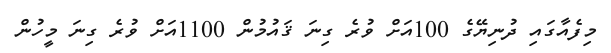
މިފެއާގައި ދުނިޔޭގެ 100އަށް ވުރެ ގިނަ ޤައުމުން 1100އަށް ވުރެ ގިނަ މީހުން